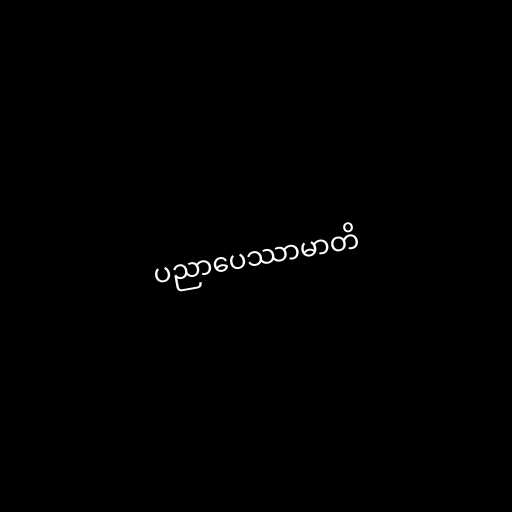
ပညာပေဿာမာတိ